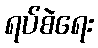
ရပ်စဲရေး